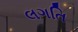
લગતિ